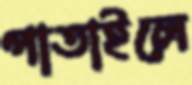
পাতাইলে